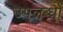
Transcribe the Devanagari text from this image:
उपलब्धों